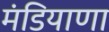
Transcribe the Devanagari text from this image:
मंडियाणा